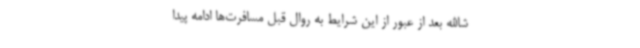
شاالله بعد از عبور از این شرایط به روال قبل مسافرت‌ها ادامه پیدا